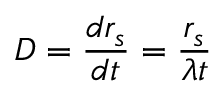
D = \frac { d r _ { s } } { d t } = \frac { r _ { s } } { \lambda t }